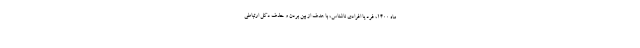
ماه ۱۴۰۰، فرد یا افرادی ناشناس، با هدف از بین بردن و حذف دکل ارتباطی